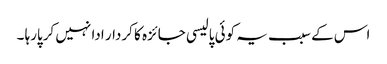
اس کے سبب یہ کوئی پالیسی جائزہ کا کردار ادا نہیں کرپارہا ۔